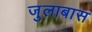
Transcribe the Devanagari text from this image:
जुलाबास